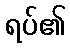
ရပ်၏